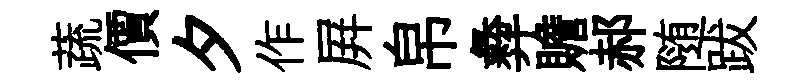
蔬價夕作屛帛彜贍郝随跋